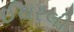
ઈથરલી